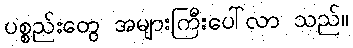
ပစ္စည်းတွေ အများကြီးပေါ်လာ သည်။